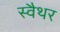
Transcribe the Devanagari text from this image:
स्वैथर